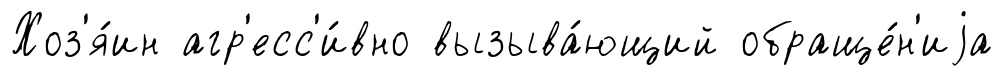
Хоз'я́ин агр'есс'и́вно вызыва́ющий обраще́н'иjа